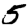
Digit: 5